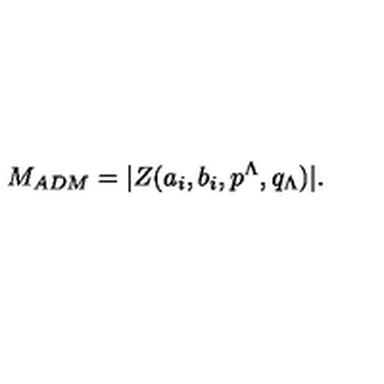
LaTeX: M _ { A D M } = | Z ( a _ { i } , b _ { i } , p ^ { \Lambda } , q _ { \Lambda } ) | .